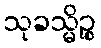
သုခသ္မိဉ္စ